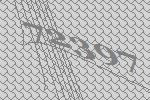
72397